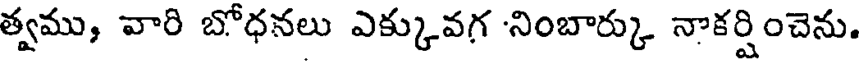
త్వము, వారి బోధనలు ఎక్కువగ 'నింబార్కు నాకర్షించెను.